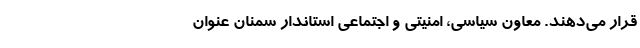
قرار می‌دهند.‌ معاون سیاسی، امنیتی و اجتماعی استاندار سمنان عنوان